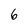
Character: 6